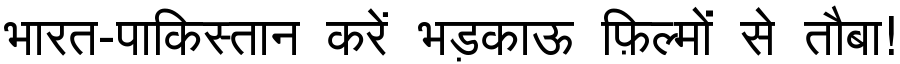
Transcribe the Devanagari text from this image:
भारत-पाकिस्तान करें भड़काऊ फ़िल्मों से तौबा!